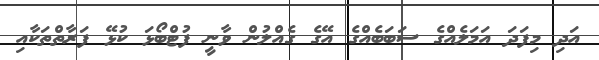
އަދި މިފަދަ އަމަލެއްގެ ސަބަބެއްގެ އޭގެ ގެއްލުން ވާނީ ފުޓްބޯޅަ ކުޅޭ ފަރާތްތަކާއި